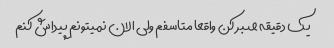
یک دقیقه صبر کن واقعا متاسفم ولی الان نمیتونم پیداش کنم